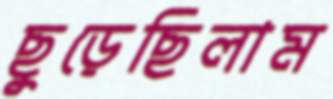
ছুড়েছিলাম